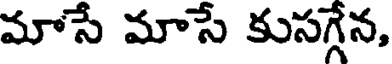
మాసే మాసే కుసగ్గేన,